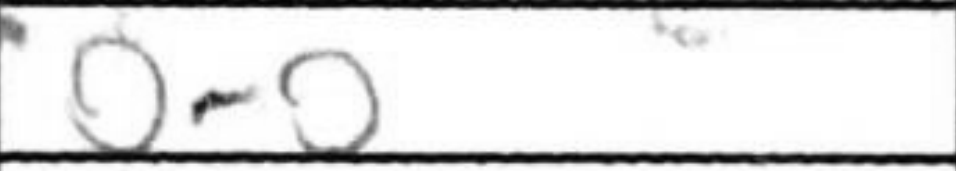
Transcription: O-O